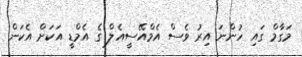
މަގާމް ގައި ހުންނަ އިރު ވެސް އެމްއޭސީއެލް ގެ އެމްޑީ އަކަށް އެކަން